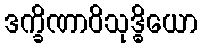
ဒက္ခိဏာဝိသုဒ္ဓိယော